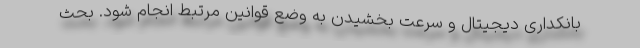
بانکداری دیجیتال و سرعت بخشیدن به وضع قوانین مرتبط انجام شود. بحث